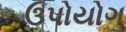
ઉપોયોગ